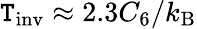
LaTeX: \mathtt{T}_{\mathrm{{inv}}}\approx2.3C_{6}/k_{\mathrm{{B}}}